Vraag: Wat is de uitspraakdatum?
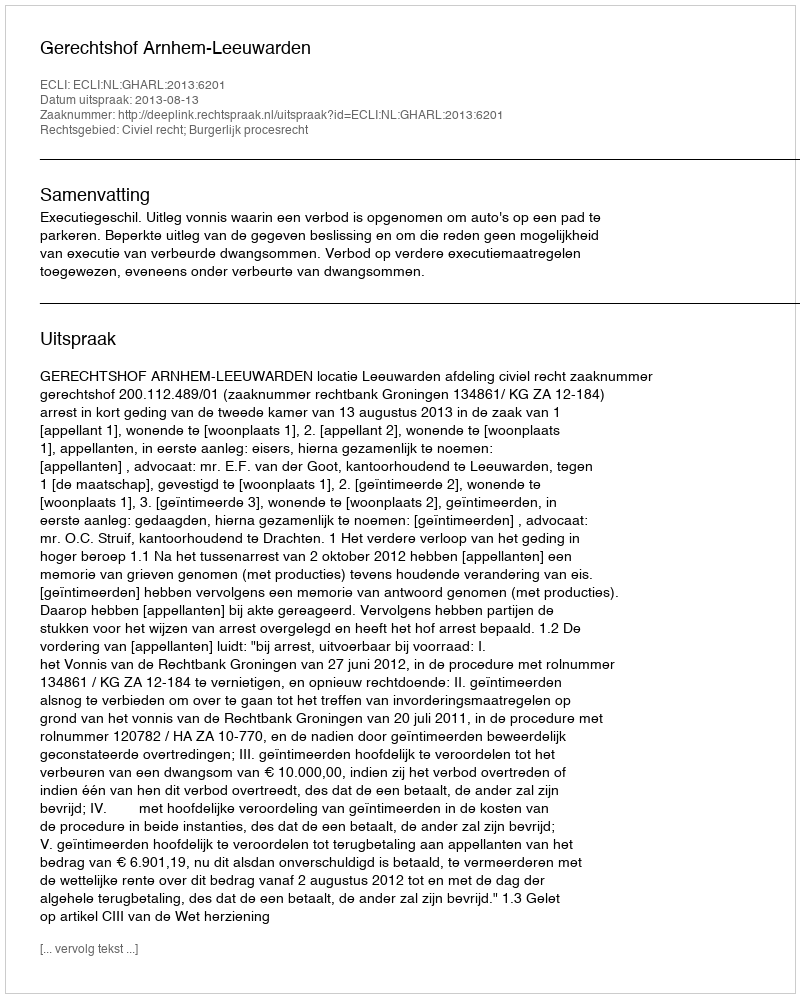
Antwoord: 2013-08-13